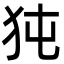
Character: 㹠